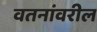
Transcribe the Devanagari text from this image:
वतनांवरील